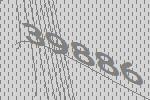
39886